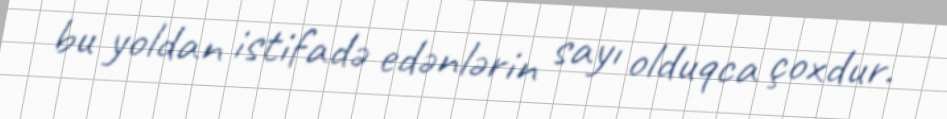
bu yoldan istifadə edənlərin sayı olduqca çoxdur.